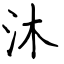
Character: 沐